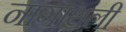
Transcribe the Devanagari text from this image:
नागाथली